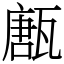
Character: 㼺